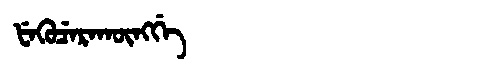
Manchu: ᡶᡝᡴᡠᠴᡝᡵᠠᡴᡡᠩᡤᡝ
Romanization: FEKUCERAKŪNGGE